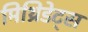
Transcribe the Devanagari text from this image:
मिथ्रिडेट्स